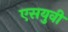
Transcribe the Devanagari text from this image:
एसयुवी